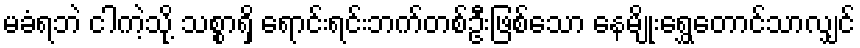
မခံရဘဲ ငါကဲ့သို့ သစ္စာရှိ ရောင်းရင်းဘက်တစ်ဦးဖြစ်သော နေမျိုးရွှေတောင်သာလျှင်